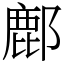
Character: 鄜